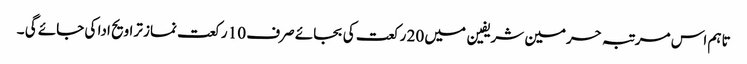
تاہم اس مرتبہ حرمین شریفین میں 20 رکعت کی بجائے صرف 10 رکعت نماز تراویح ادا کی جائے گی ۔